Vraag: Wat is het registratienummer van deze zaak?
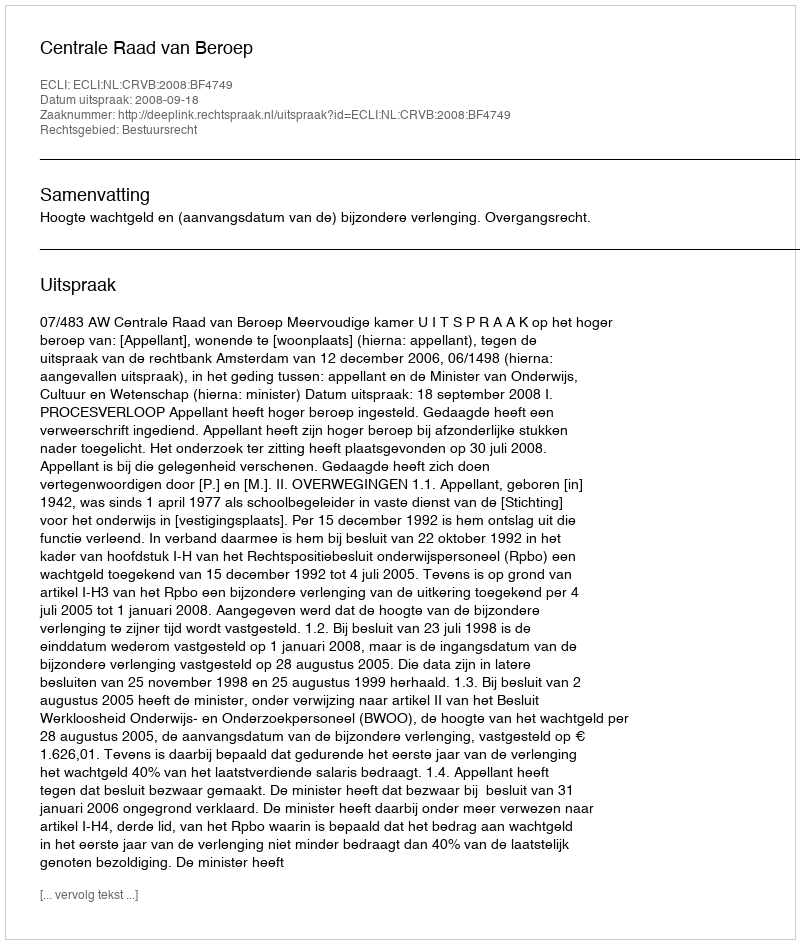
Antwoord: http://deeplink.rechtspraak.nl/uitspraak?id=ECLI:NL:CRVB:2008:BF4749